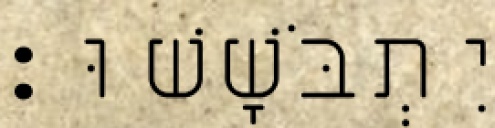
יִתְבֹּשָׁשׁוּ׃